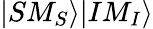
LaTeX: |SM_{S}\rangle|IM_{I}\rangle